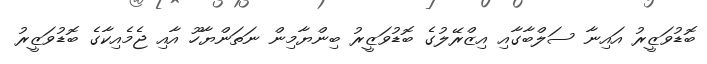
ބޮޑުވަޒީރު އައިނާ ސަލްބާގާއި އިޒްރޭލުގެ ބޮޑުވަޒީރު ބިންޔާމިން ނަތަންޔާހޫ އާއި ޖެމެއިކާގެ ބޮޑުވަޒީރު